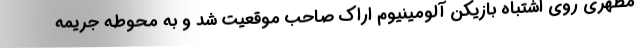
مطهری روی اشتباه بازیکن آلومینیوم اراک صاحب موقعیت شد و به محوطه جریمه